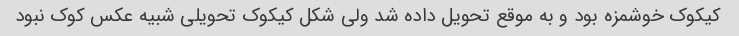
کیکوک خوشمزه بود و به موقع تحویل داده شد ولی شکل کیکوک تحویلی شبیه عکس کوک نبود